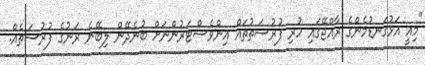
"މިއީ އަޅުގަނޑުމެންގެ ރާއްޖޭގައި ހުރި ފުރުސަތުތައް އިންވެސްޓަރުންނަށް ބުނެދޭން ލިބޭނެ ރަނުގެ ފުރުސަތެއް.